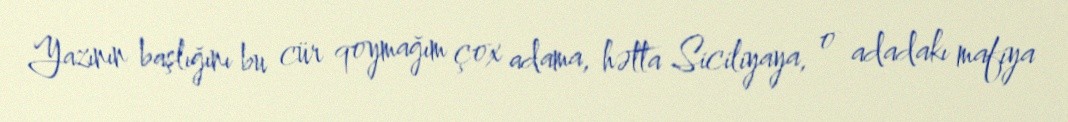
Yazının başlığını bu cür qoymağım çox adama, hətta Siciliyaya, o adadakı mafiya